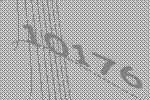
10176